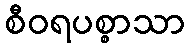
စီဝရပစ္စာသာ